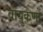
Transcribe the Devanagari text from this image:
वायुकणों